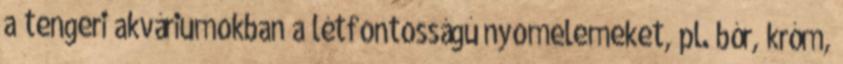
a tengeri akváriumokban a létfontosságú nyomelemeket, pl. bór, króm,